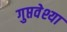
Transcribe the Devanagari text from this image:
गुप्तवेश्या